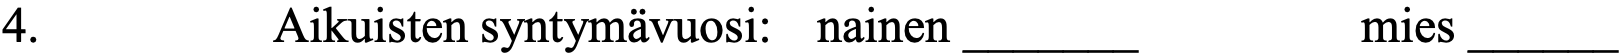
4.       Aikuisten syntymävuosi: nainen _______ mies ______